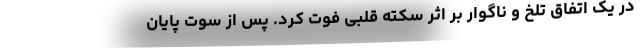
در یک اتفاق تلخ و ناگوار بر اثر سکته قلبی فوت کرد. پس از سوت پایان